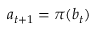
a _ { t + 1 } = \pi ( b _ { t } )